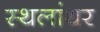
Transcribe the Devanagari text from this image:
स्थलांथर